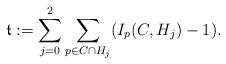
LaTeX: \begin{align*}\mathfrak{t} := \sum_{j=0}^2 \sum_{p\in C\cap H_j} (I_p(C,H_{j})-1).\end{align*}